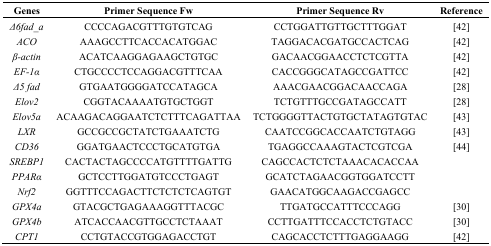
<table><thead><tr><td><b>Genes</b></td><td><b>Primer Sequence Fw</b></td><td><b>Primer Sequence Rv</b></td><td><b>Reference</b></td></tr></thead><tbody><tr><td><i>Δ6fad_a</i></td><td>CCCCAGACGTTTGTGTCAG</td><td>CCTGGATTGTTGCTTTGGAT</td><td>[42]</td></tr><tr><td><i>ACO</i></td><td>AAAGCCTTCACCACATGGAC</td><td>TAGGACACGATGCCACTCAG</td><td>[42]</td></tr><tr><td><i>β-actin</i></td><td>ACATCAAGGAGAAGCTGTGC</td><td>GACAACGGAACCTCTCGTTA</td><td>[42]</td></tr><tr><td><i>EF-1α</i></td><td>CTGCCCCTCCAGGACGTTTCAA</td><td>CACCGGGCATAGCCGATTCC</td><td>[42]</td></tr><tr><td><i>Δ5 fad</i></td><td>GTGAATGGGGATCCATAGCA</td><td>AAACGAACGGACAACCAGA</td><td>[28]</td></tr><tr><td><i>Elov2</i></td><td>CGGTACAAAATGTGCTGGT</td><td>TCTGTTTGCCGATAGCCATT</td><td>[28]</td></tr><tr><td><i>Elov5a</i></td><td>ACAAGACAGGAATCTCTTTCAGATTAA</td><td>TCTGGGGTTACTGTGCTATAGTGTAC</td><td>[43]</td></tr><tr><td><i>LXR</i></td><td>GCCGCCGCTATCTGAAATCTG</td><td>CAATCCGGCACCAATCTGTAGG</td><td>[43]</td></tr><tr><td><i>CD36</i></td><td>GGATGAACTCCCTGCATGTGA</td><td>TGAGGCCAAAGTACTCGTCGA</td><td>[44]</td></tr><tr><td><i>SREBP1</i></td><td>CACTACTAGCCCCATGTTTTGATTG</td><td>CAGCCACTCTCTAAACACACCAA</td><td></td></tr><tr><td><i>PPARα</i></td><td>GCTCCTTGGATGTCCCTGAGT</td><td>GCATCTAGAACGGTGGATCCTT</td><td></td></tr><tr><td><i>Nrf2</i></td><td>GGTTTCCAGACTTCTCTCTCAGTGT</td><td>GAACATGGCAAGACCGAGCC</td><td></td></tr><tr><td><i>GPX4a</i></td><td>GTACGCTGAGAAAGGTTTACGC</td><td>TTGATGCCATTTCCCAGG</td><td>[30]</td></tr><tr><td><i>GPX4b</i></td><td>ATCACCAACGTTGCCTCTAAAT</td><td>CCTTGATTTCCACCTCTGTACC</td><td>[30]</td></tr><tr><td><i>CPT1</i></td><td>CCTGTACCGTGGAGACCTGT</td><td>CAGCACCTCTTTGAGGAAGG</td><td>[42]</td></tr></tbody></table>